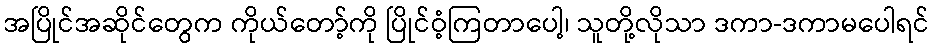
အပြိုင်အဆိုင်တွေက ကိုယ်တော့်ကို ပြိုင်ဝံ့ကြတာပေါ့၊ သူတို့လိုသာ ဒကာ-ဒကာမပေါရင်